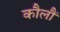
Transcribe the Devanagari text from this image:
कौलौं